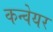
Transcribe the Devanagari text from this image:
कन्‍वेयर